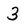
Character: 3